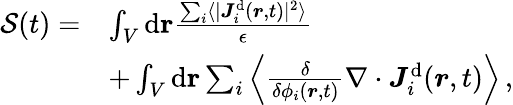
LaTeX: \begin{array}{rl}{{\mathcal{S}}(t)=}&{\int_{V}\mathrm{d}\mathbf{{\boldsymbol{r}}}\frac{\sum_{i}\langle\vert{{\boldsymbol{J}}}_{i}^{\mathrm{d}}({\boldsymbol{r}},t)\vert^{2}\rangle}{\epsilon}}\\ &{+\int_{V}\mathrm{d}\mathbf{r}\sum_{i}\left\langle\frac{\delta}{\delta{\phi_{i}(\boldsymbol{r},t)}}\nabla\cdot{\boldsymbol{J}}_{i}^{\mathrm{d}}({\boldsymbol{r}},t)\right\rangle\, ,}\end{array}